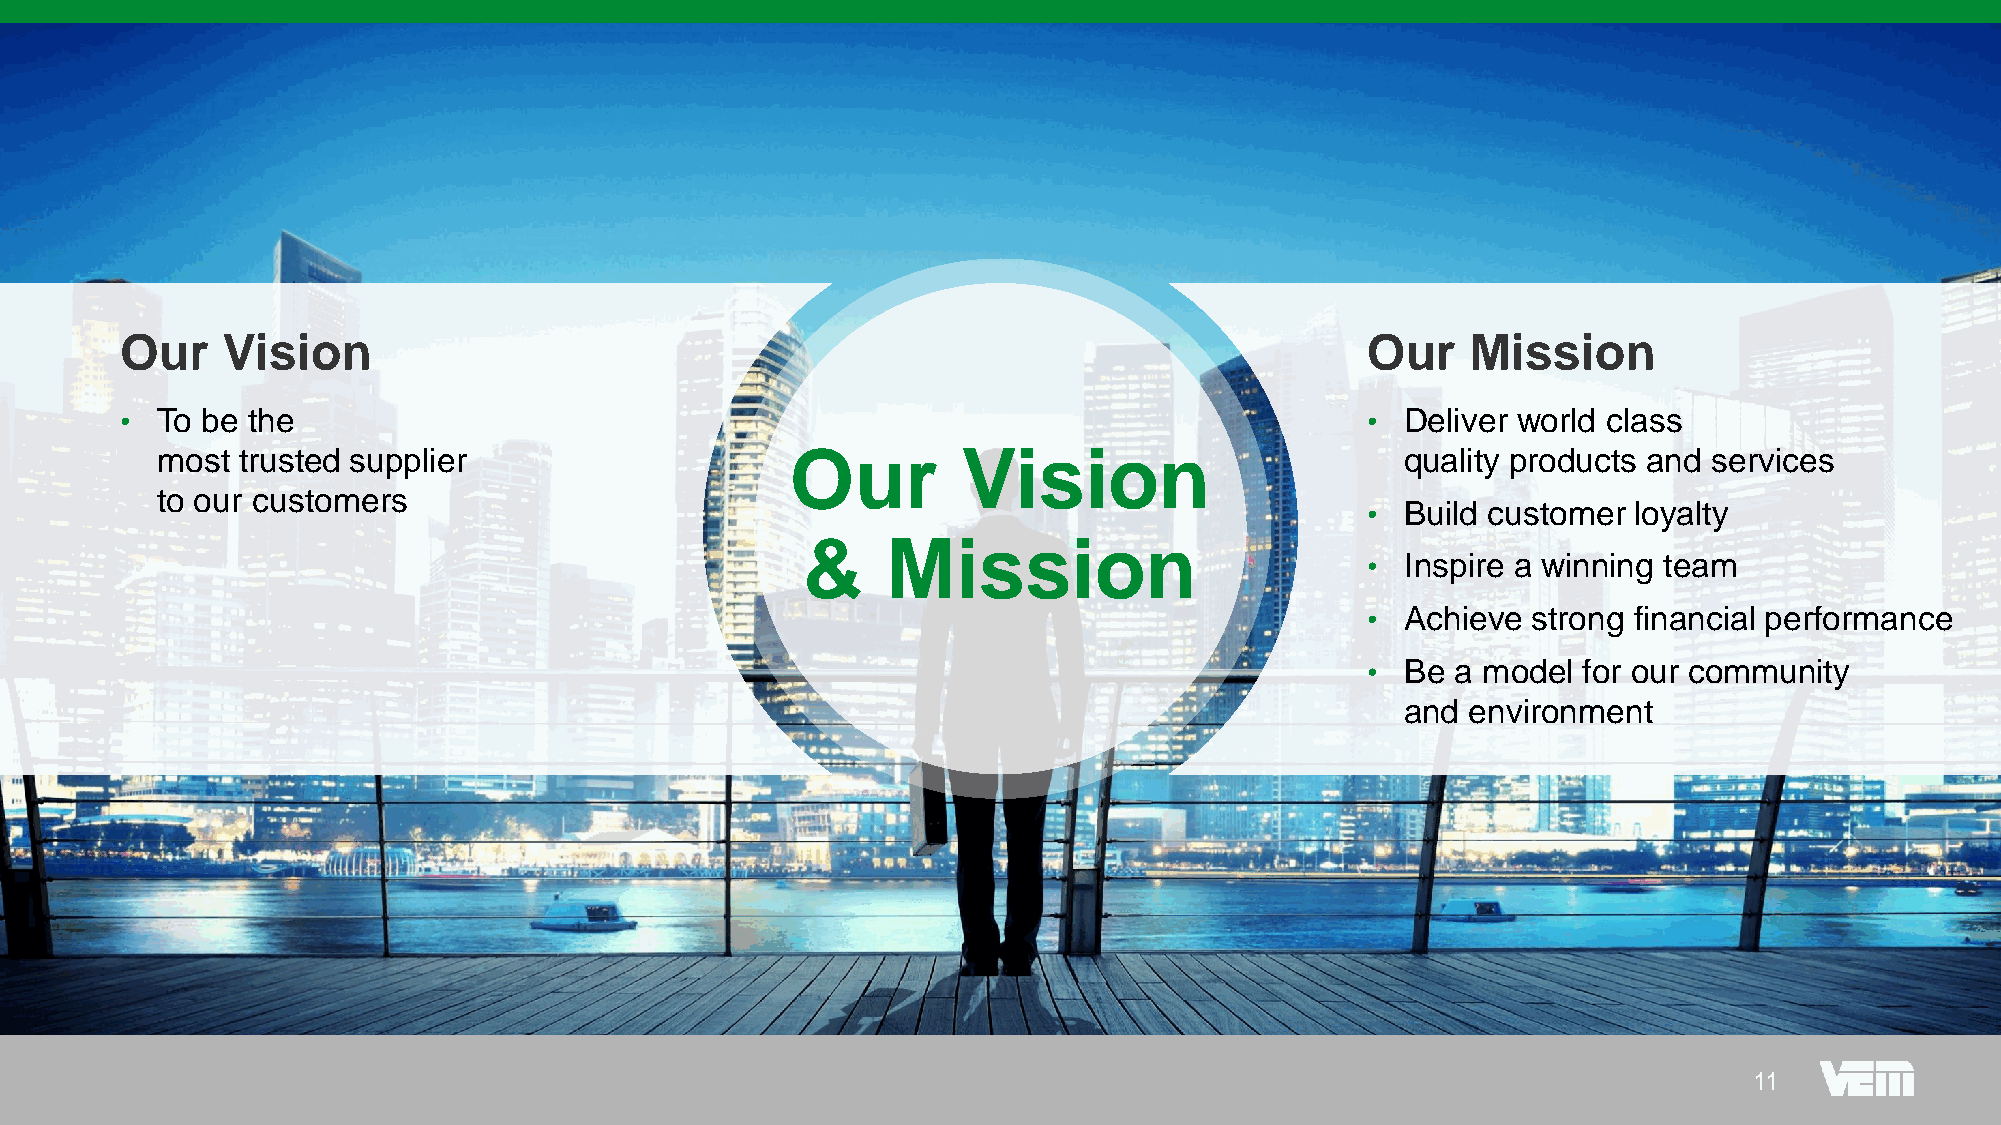
Our    Vision                                                                     Our    Mission
 • To be the                                                                       •  Deliver world class
 most  trusted supplier                    Our         Vision                       quality products and services
 to our customers
 •  Build customer loyalty
 &     Mission
 •  Inspire a winning team
 •  Achieve strong financial performance
 •  Be a model  for our community
 and environment
 1111